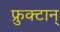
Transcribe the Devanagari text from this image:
फ्रुक्टान्